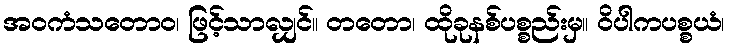
အဝကံသတောဝ၊ ဖြင့်သာလျှင်။ တတော၊ ထိုခုနစ်ပစ္စည်းမှ။ ဝိပါကပစ္စယံ၊